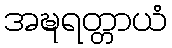
အဍ္ဎရတ္တာယံ